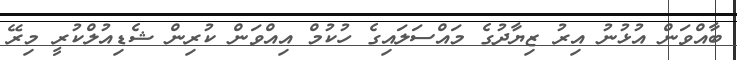
ބާއްވަން އުޅުނު އިރު ޒިޔާދުގެ މައްސަލައިގެ ހުކުމް އިއްވަން ކުރިން ޝެޑިއުލްކުރީ މިރޭ